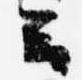
云